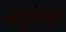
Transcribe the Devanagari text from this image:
कट्टत्तेश्वर